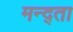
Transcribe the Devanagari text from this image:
मन्द्ता